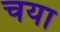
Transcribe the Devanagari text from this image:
चया